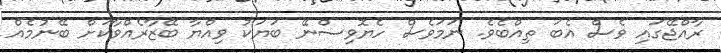
ރާއްޖޭގައި ވެސް އެބަ ތިއްބެވެ. ނަމަވެސް ހެޔޮވިސްނޭ ބަޔަކު ވިއްޔާ ބޭޒާރެއްވާކަށް ބޭނުމެއް